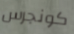
كونجرس